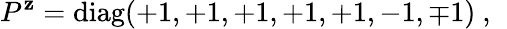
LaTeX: P^{\mathbf{z}}=\mathrm{{diag}}(+1,+1,+1,+1,+1,-1,\mp1)~,~\,